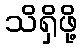
သိရှိဖို့